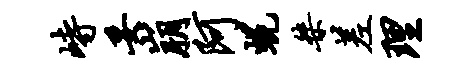
峙妥崩阿蜕桀差理